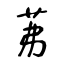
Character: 茀